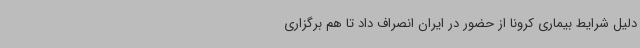
دلیل شرایط بیماری کرونا از حضور در ایران انصراف داد تا هم برگزاری